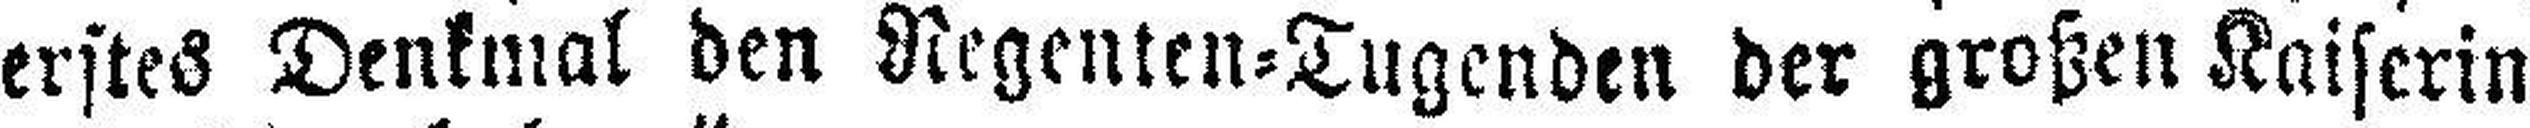
erstes Denkmal den Regenten=Tugenden der großen Kaiserin